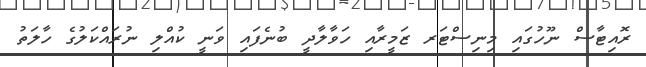
ރޮއިޓާސް ނޫހުގައި މިނިސްޓަރ ޒަމީރާއި ހަވާލާދީ ބުނެފައި ވަނީ ކުއްލި ނުރައްކަލުގެ ހާލަތު